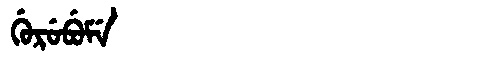
Manchu: ᡤᡠᡵᡠᠪᡠᠮᡝ
Romanization: GURUBUME